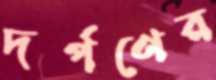
দর্পণের